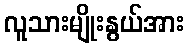
လူသားမျိုးနွယ်အား